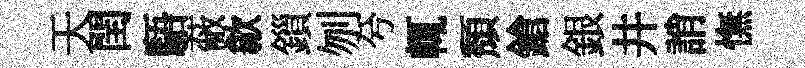
天閏䮏蔽歙鎻刎兮輒頽鎗銀井誚憮